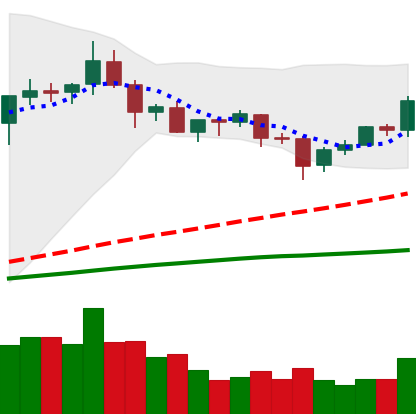
Ticker: XRP-USD
Chart end date: 2020-09-01
Forward return: -18.588%
Label: down_7plus